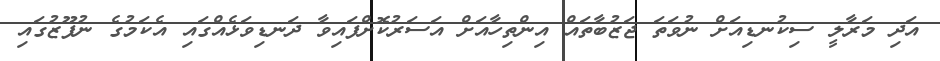
އަދި މަރާލީ ސިކުނޑިއަށް ނުވަތަ ޖަޒުބާތައް އިންތިހާއަށް އަސަރުކޮށްފައިވާ ދަނޑިވަޅެއްގައި އެކަމުގެ ނުފޫޒުގައި